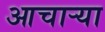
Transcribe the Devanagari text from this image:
आचार्‍या